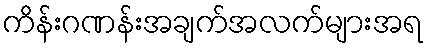
ကိန်းဂဏန်းအချက်အလက်များအရ